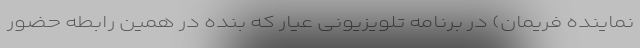
نماینده فریمان) در برنامه تلویزیونی عیار که بنده در همین رابطه حضور